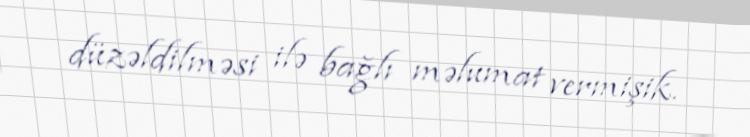
düzəldilməsi ilə bağlı məlumat vermişik.